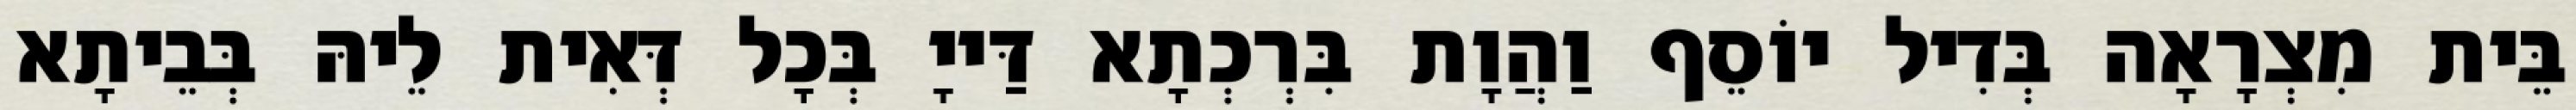
בֵּית מִצְרָאָה בְּדִיל יוֹסֵף וַהֲוָת בִּרְכְתָא דַּייָ בְּכָל דְּאִית לֵיהּ בְּבֵיתָא